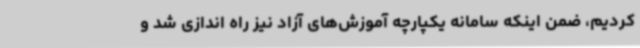
کردیم، ضمن اینکه سامانه یکپارچه آموزش‌های آزاد نیز راه اندازی شد و